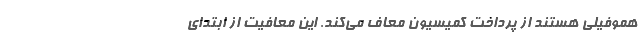
هموفیلی هستند از پرداخت کمیسیون معاف می‌کند. این معافیت از ابتدای